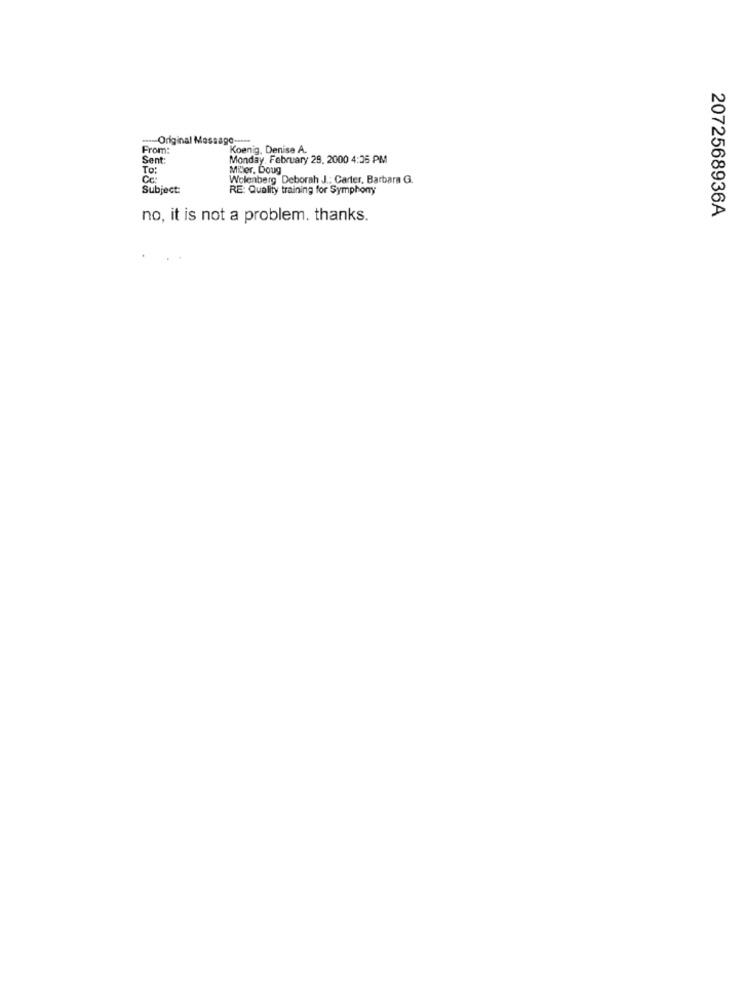
---- Original Message -----
From:
Koenig, Denise A.
Sent:
Monday, February 29, 2000 4:35 PM
To:
Miler, Doug
Wolenberg Deborah J .: Carter. Barbara G.
Subject:
RE: Quality training for Symphony
2072568936A
no, it is not a problem. thanks.